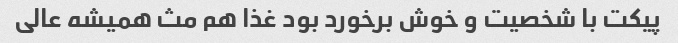
پیکت با شخصیت و خوش برخورد بود غذا هم مث همیشه عالی